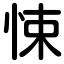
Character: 悚